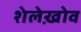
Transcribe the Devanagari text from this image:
शेलेख़ोव